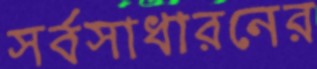
সর্বসাধারনের